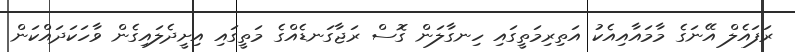
ރަފައެލް އޭނަގެ މާމައާއިއެކު އަތިރިމަތީގައި ހިނގާލަން ގޮސް ރަޖާގަނޑެއްގެ މަތީގައި އިށީދެލައިގެން ވާހަކަދައްކަން